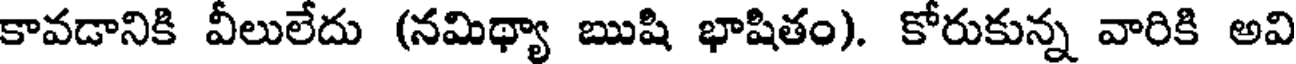
కావడానికి వీలులేదు (నమిథ్యా ఋషి భాషితం). కోరుకున్న వారికి అవి